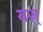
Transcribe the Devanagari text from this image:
यज़्